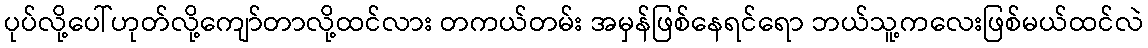
ပုပ်လို့ပေါ်ဟုတ်လို့ကျော်တာလို့ထင်လား တကယ်တမ်း အမှန်ဖြစ်နေရင်ရော ဘယ်သူ့ကလေးဖြစ်မယ်ထင်လဲ